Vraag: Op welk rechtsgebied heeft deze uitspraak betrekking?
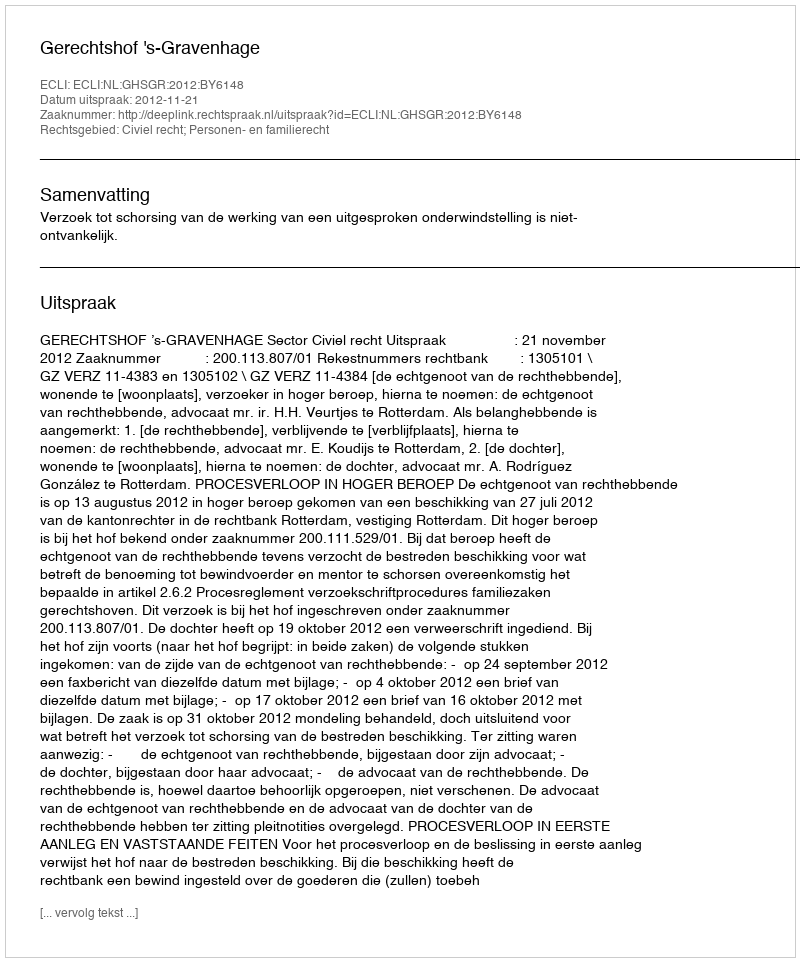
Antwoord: Civiel recht; Personen- en familierecht